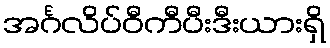
အင်္ဂလိပ်ဝီကီပီးဒီးယားရှိ